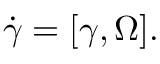
\begin{array} { r } { \dot { \boldsymbol \gamma } = [ { \boldsymbol \gamma } , { \boldsymbol \Omega } ] . } \end{array}